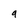
Character: g